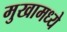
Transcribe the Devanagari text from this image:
मुखामध्ये